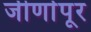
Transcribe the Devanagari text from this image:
जीर्णापूर